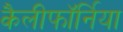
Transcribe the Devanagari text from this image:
कैलीफॉर्निया